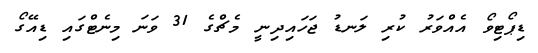
ޑިޕޯޓިވޯ އެއްވަރު ކުރި ލަނޑު ޖަހައިދިނީ މެޗްގެ 31 ވަނަ މިނެޓްގައި ޑިއޭގޯ